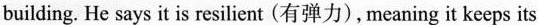
building. He says it is resilient (有弹力), meaning it kecps its